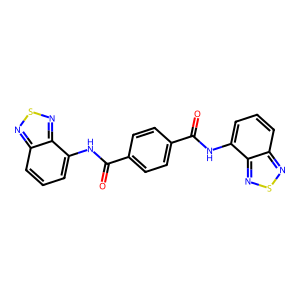
SMILES: O=C(Nc1cccc2nsnc12)c1ccc(C(=O)Nc2cccc3nsnc23)cc1
Inhibits HIV replication: No